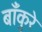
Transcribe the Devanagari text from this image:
बाँकुरे